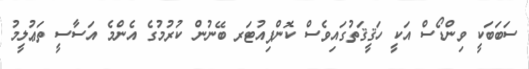
ސަބަބަކީ ވިންޑޯސް އަކީ ހަޤީޤަތުގައިވެސް ކޮންޕިއުޓަރ ބޭނުން ކުރުމުގެ އެންމެ އަސާސީ ތަޢުލީމު